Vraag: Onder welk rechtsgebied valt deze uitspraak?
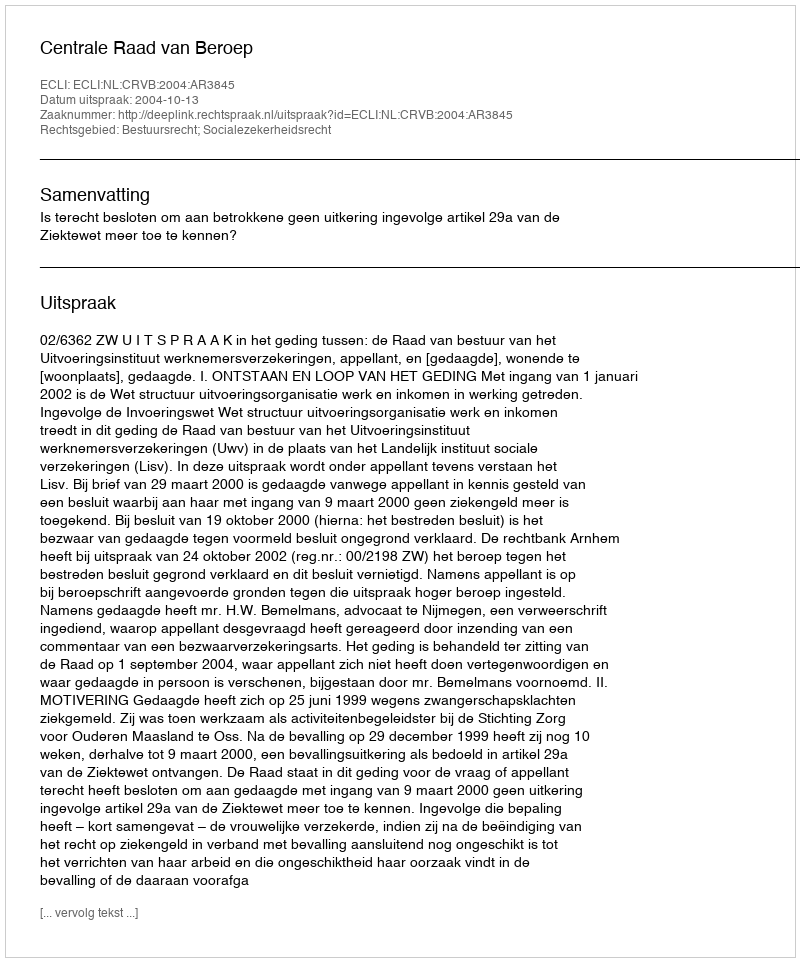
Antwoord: Bestuursrecht; Socialezekerheidsrecht